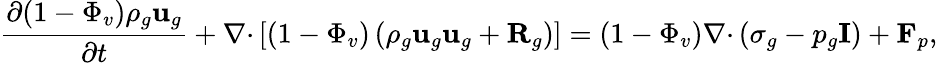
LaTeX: \frac{\partial(1-\Phi_{v})\rho_{g}\textbf{u}_{g}}{\partial t}+\nabla\mathbf{\cdot}\left[(1-\Phi_{v})\left(\rho_{g}\textbf{u}_{g}\textbf{u}_{g}+\textbf{R}_{g}\right)\right]=(1-\Phi_{v})\nabla\mathbf{\cdot}\left(\mathbf{\sigma}_{g}-p_{g}\textbf{I}\right)+\textbf{F}_{p},